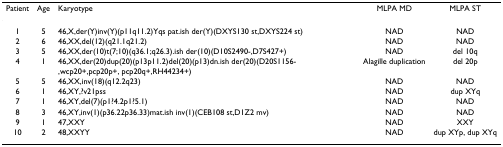
| Patient | Age | Karyotype | MLPA MD | MLPA ST |
 | --- | --- | --- | --- | --- |
 | 1 | 5 | 46,X,der(Y)inv(Y)(p11q11.2)Yqs pat.ish der(Y)(DXYS130 st,DXYS224 st) | NAD | NAD |
 | 2 | 6 | 46,XX,del(12)(q21.1q21.2) | NAD | NAD |
 | 3 | 5 | 46,XX,der(10)t(7;10)(q36.1;q26.3).ish der(10)(D10S2490-,D7S427+) | NAD | del 10q |
 | 4 | 1 | 46,XX,der(20)dup(20)(p13p11.2)del(20)(p13)dn.ish der(20)(D20S1156-,wcp20+,pcp20p+, pcp20q+,RH44234+) | Alagille duplication | del 20p |
 | 5 | 5 | 46,XX,inv(18)(q12.2q23) | NAD | NAD |
 | 6 | 1 | 46,XY,?v21pss | NAD | dup XYq |
 | 7 | 1 | 46,XY,del(7)(p1?4.2p1?5.1) | NAD | NAD |
 | 8 | 3 | 46,XY,inv(1)(p36.22p36.33)mat.ish inv(1)(CEB108 st,D1Z2 mv) | NAD | NAD |
 | 9 | 1 | 47,XXY | NAD | XXY |
 | 10 | 2 | 48,XXYY | NAD | dup XYp, dup XYq |